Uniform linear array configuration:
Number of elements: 8
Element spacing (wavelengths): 0.25
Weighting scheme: hann
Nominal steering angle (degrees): -60
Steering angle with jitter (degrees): -58.77
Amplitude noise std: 0.05
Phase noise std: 0.05

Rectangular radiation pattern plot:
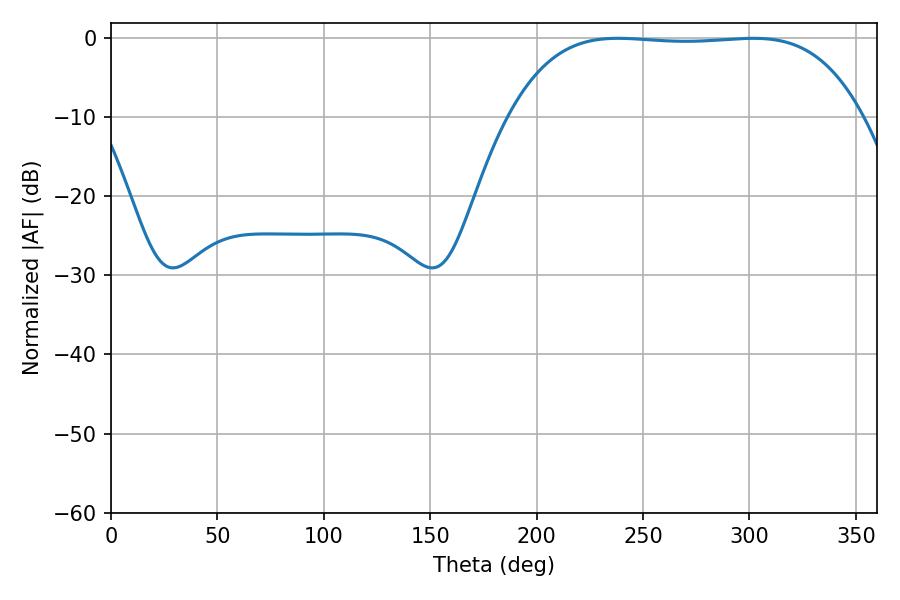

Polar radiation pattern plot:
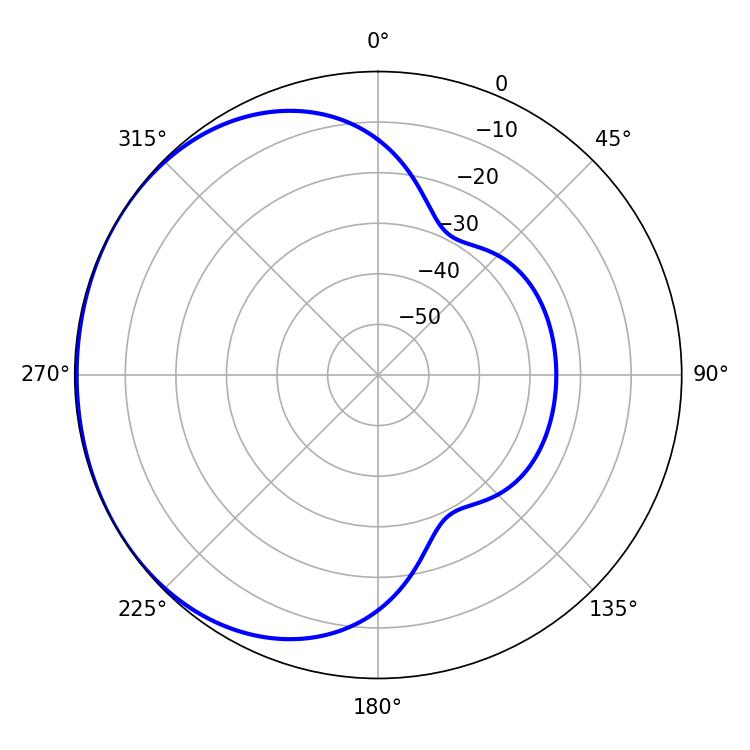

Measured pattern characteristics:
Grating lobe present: FALSE
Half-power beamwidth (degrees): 128.88
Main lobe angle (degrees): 238.14